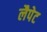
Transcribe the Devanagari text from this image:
लैपेट